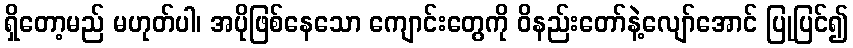
ရှိတော့မည် မဟုတ်ပါ၊ အပိုဖြစ်နေသော ကျောင်းတွေကို ဝိနည်းတော်နဲ့လျော်အောင် ပြုပြင်၍